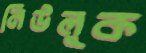
নিউলুক